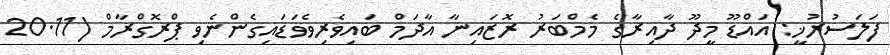
ފަލަސުރުޚީ: އައްޑޫ މީދޫ ދާއިރާގެ މެމްބަރު ރޮޒައިނާ އާދަމް ބައިވެރިވެވަޑައިގެންނެވި ޕްރޮގްރާމް (20.11